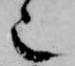
也